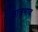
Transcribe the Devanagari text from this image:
क्षात्रभाव